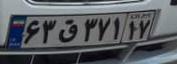
۶۳ق۳۷۱۱۷